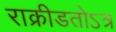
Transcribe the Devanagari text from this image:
राक्रीडतोऽत्र